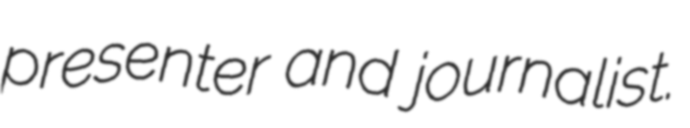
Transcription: presenter and journalist.